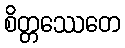
စိတ္တဿေတေ